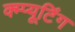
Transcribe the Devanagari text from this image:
क्म्प्यूटिंग